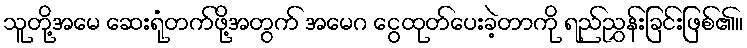
သူတို့အမေ ဆေးရုံတက်ဖို့အတွက် အမေဂ ငွေထုတ်ပေးခဲ့တာကို ရည်ညွှန်းခြင်းဖြစ်၏။